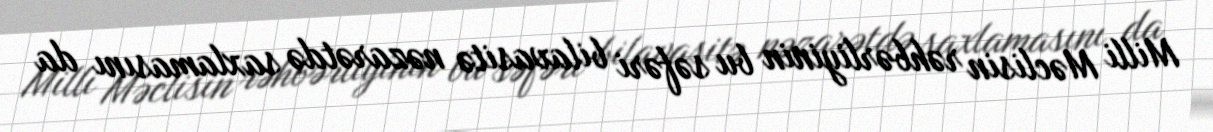
Milli Məclisin rəhbərliyinin bu səfəri bilavasitə nəzarətdə saxlamasını da